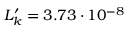
L _ { k } ^ { \prime } = 3 . 7 3 \cdot 1 0 ^ { - 8 }